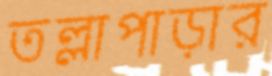
তল্লাপাড়ার